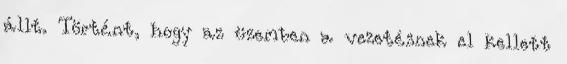
állt. Történt, hogy az üzemben a vezetésnek el kellett